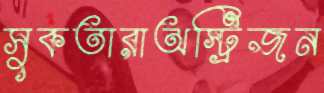
সুকতারাঅস্ট্রিজন